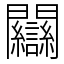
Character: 𨷻